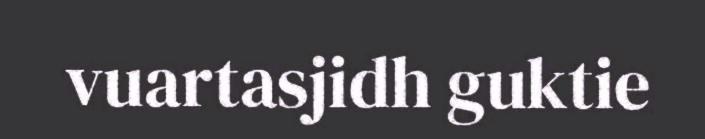
vuartasjidh guktie